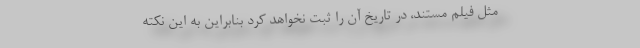
مثل فیلم مستند، در تاریخ آن را ثبت نخواهد کرد بنابراین به این نکته